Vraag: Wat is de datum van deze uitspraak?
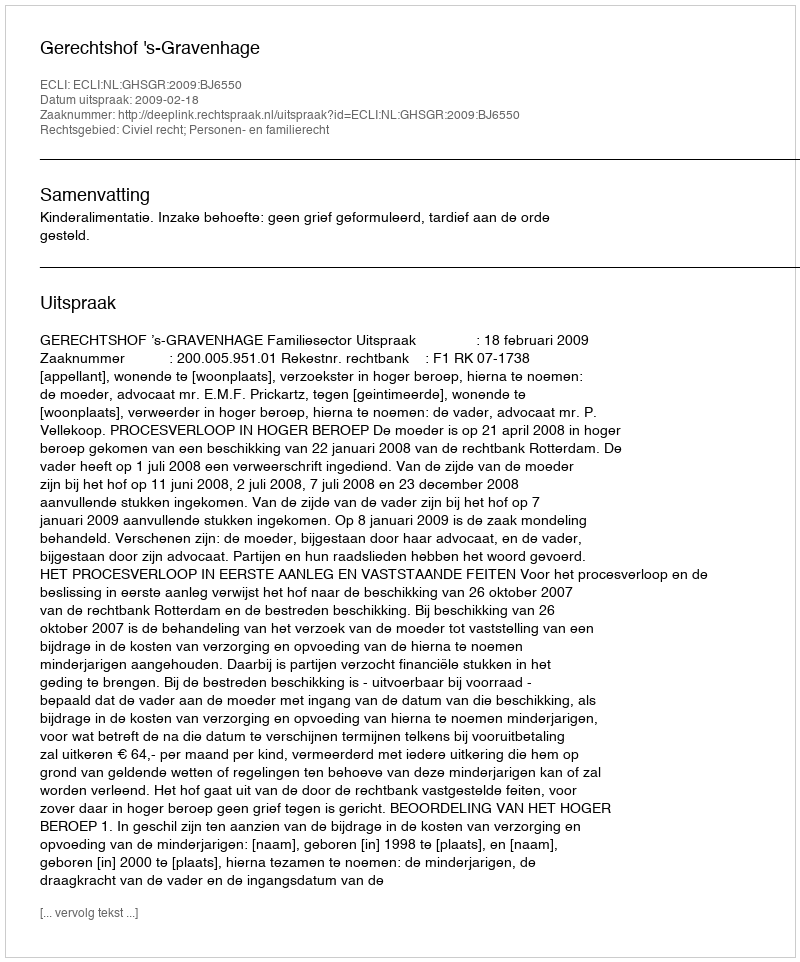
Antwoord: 2009-02-18